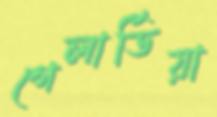
গেলার্ডিয়া